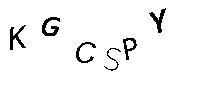
KGCSPY